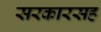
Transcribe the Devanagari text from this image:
सरकारसह